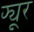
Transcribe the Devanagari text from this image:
फ्यूर